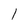
Character: l